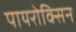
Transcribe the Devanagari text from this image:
पायरोक्सिन